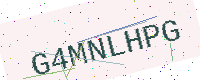
Text: G4MNLHPG